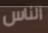
الناس